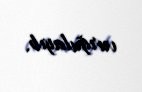
vurğulayıb.